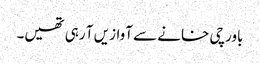
باورچی خانے سے آوازیں آ رہی تھیں۔